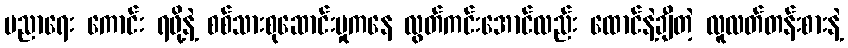
ပညာရေး ကောင်း ရဖို့နဲ့ စစ်သားစုဆောင်းမှုကနေ လွတ်ကင်းအောင်လည်း ထောင်နဲ့ချီတဲ့ လူလတ်တန်းစားနဲ့